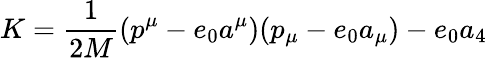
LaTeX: K=\frac{1}{2M}(p^{\mu}-e_{0}a^{\mu})(p_{\mu}-e_{0}a_{\mu})-e_{0}a_{4}